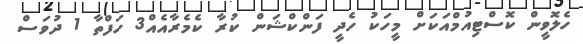
ހެލޮވީން ކޮސްޓިއުމްއަކަށް މީހަކު ހެދީ ފަންކްޝަން ކުރާ ކެމެރާއެއް3 ހަފްތާ 1 ދުވަސް